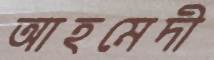
আহমেদী